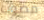
مصوب